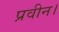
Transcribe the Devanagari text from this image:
प्रवीन।